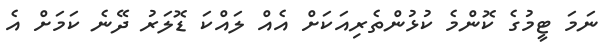
ނަމަ ޓީމުގެ ކޮންމެ ކުޅުންތެރިއަކަށް އެއް ލައްކަ ޑޮލަރު ދޭނެ ކަމަށް އެ